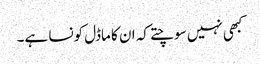
کبھی نہیں سوچتے کہ ان کا ماڈل کونسا ہے۔